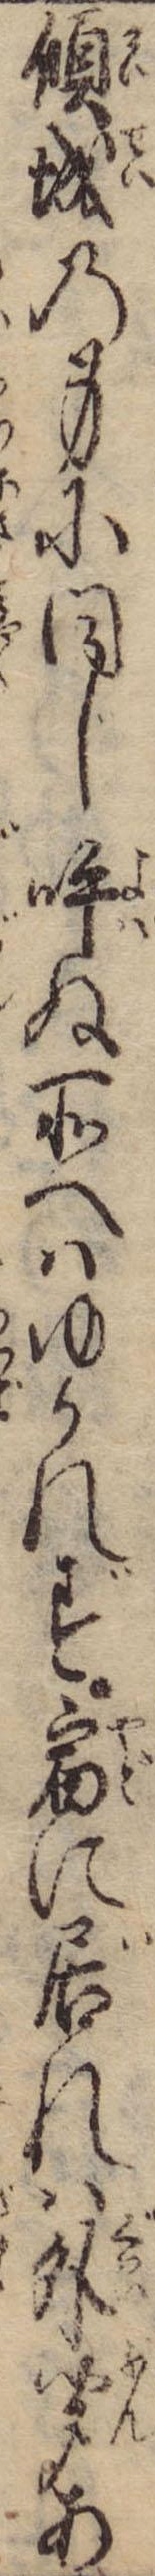
傾城の身に同じ呼ぬ所へはゆかれず宿に居れは外聞あ